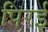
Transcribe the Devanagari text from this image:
पिरई